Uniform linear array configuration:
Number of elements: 32
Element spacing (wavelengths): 1
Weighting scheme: hamming
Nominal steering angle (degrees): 30
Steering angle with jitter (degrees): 28.291
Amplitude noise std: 0.05
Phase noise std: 0.05

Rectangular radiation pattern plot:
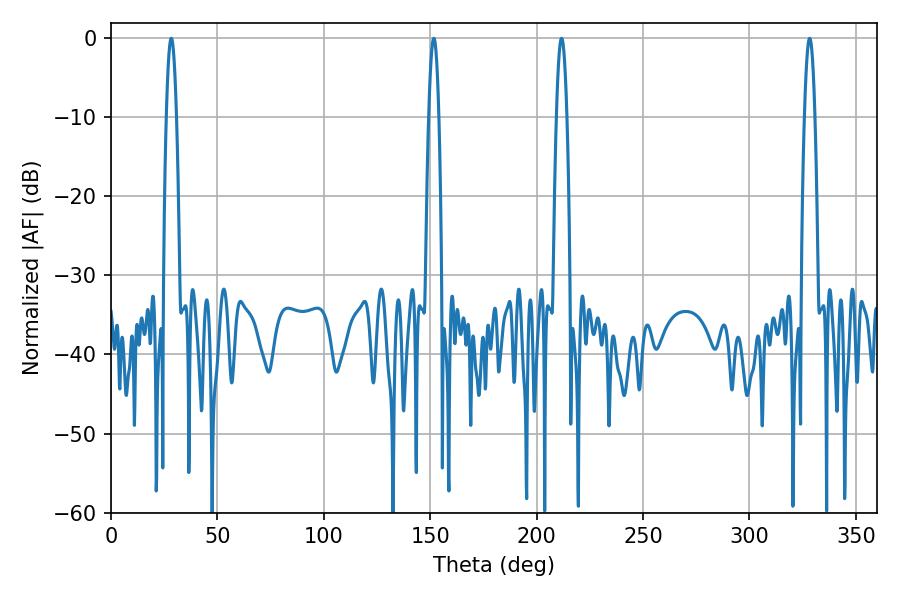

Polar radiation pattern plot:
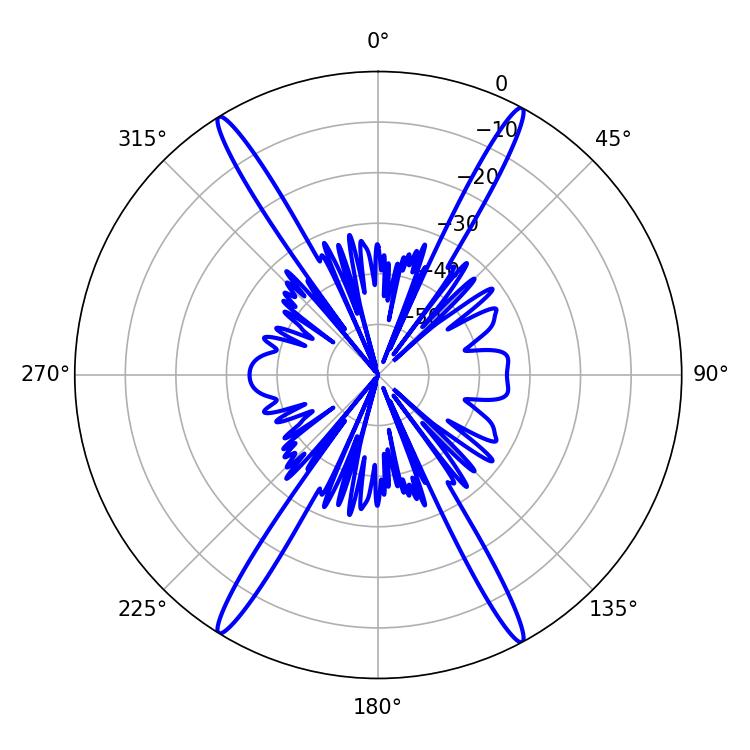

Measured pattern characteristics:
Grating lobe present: TRUE
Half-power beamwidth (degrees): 2.7
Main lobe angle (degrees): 211.68